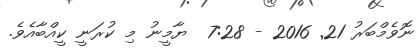
ނޮވެމްބަރު 21